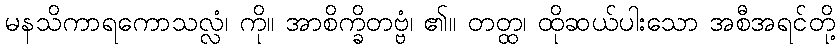
မနသိကာရကောသလ္လံ၊ ကို။ အာစိက္ခိတဗ္ဗံ၊ ၏။ တတ္ထ၊ ထိုဆယ်ပါးသော အစီအရင်တို့